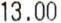
13.00